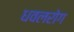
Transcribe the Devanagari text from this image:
धवलरोग